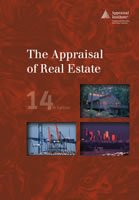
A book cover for The Appraisal of Real Estate, 14th Edition; Appraisal Institute; Business & Money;